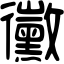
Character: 黴